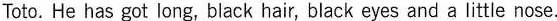
Toto. He has got long,black hair, black eyes and a little nose